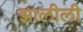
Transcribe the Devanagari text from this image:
झालीली